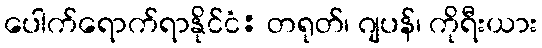
ပေါက်ရောက်ရာနိုင်ငံ: တရုတ်၊ ဂျပန်၊ ကိုရီးယား